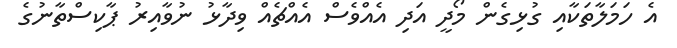
އެ ހަމަލާތަކާއި ގުޅިގެން މޯދީ އަދި އެއްވެސް އެއްޗެއް ވިދާޅު ނުވާއިރު ޕާކިސްތާނުގެ